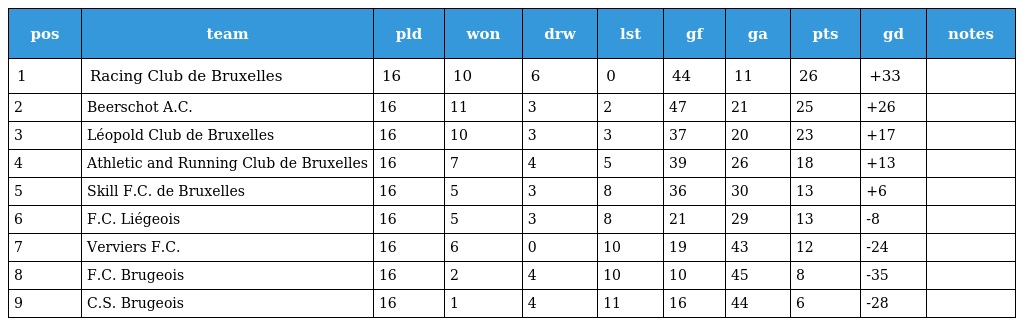
| pos | team | pld | won | drw | lst | gf | ga | pts | gd | notes |
 | --- | --- | --- | --- | --- | --- | --- | --- | --- | --- | --- |
 | 1 | Racing Club de Bruxelles | 16 | 10 | 6 | 0 | 44 | 11 | 26 | +33 |  |
 | 2 | Beerschot A.C. | 16 | 11 | 3 | 2 | 47 | 21 | 25 | +26 |  |
 | 3 | Léopold Club de Bruxelles | 16 | 10 | 3 | 3 | 37 | 20 | 23 | +17 |  |
 | 4 | Athletic and Running Club de Bruxelles | 16 | 7 | 4 | 5 | 39 | 26 | 18 | +13 |  |
 | 5 | Skill F.C. de Bruxelles | 16 | 5 | 3 | 8 | 36 | 30 | 13 | +6 |  |
 | 6 | F.C. Liégeois | 16 | 5 | 3 | 8 | 21 | 29 | 13 | -8 |  |
 | 7 | Verviers F.C. | 16 | 6 | 0 | 10 | 19 | 43 | 12 | -24 |  |
 | 8 | F.C. Brugeois | 16 | 2 | 4 | 10 | 10 | 45 | 8 | -35 |  |
 | 9 | C.S. Brugeois | 16 | 1 | 4 | 11 | 16 | 44 | 6 | -28 |  |